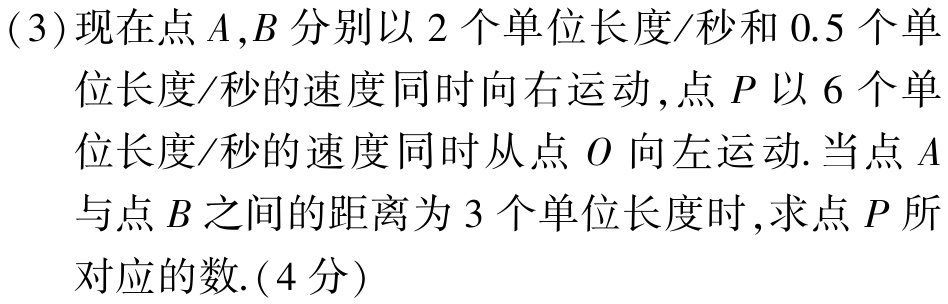
(3)现在点\(A,B\)分别以\(2\)个单位长度/秒和\(0.5\)个单位长度/秒的速度同时向右运动,点\(P\)以\(6\)个单位长度/秒的速度同时从点\(O\)向左运动.当点\(A\)与点\(B\)之间的距离为\(3\)个单位长度时,求点\(P\)所对应的数.(4分)